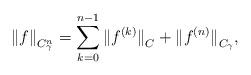
LaTeX: \begin{align*}{\|f\|}_{C_{\gamma}^{n}}=\sum_{k=0}^{n-1}{\|f^{(k)}\|}_{C}+{\|f^{(n)}\|}_{C_{\gamma}},\end{align*}